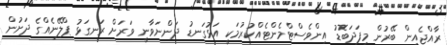
ރާއްޖެއިން ބޭރުން މިފަދަބޮޑު އިންވެސްޓްމެންޓެއްކުރުމަކީ އަޅުގަނޑު ދަންނަވާނީ ވަރަށް ރަނގަޅު ޕްލޭނެއްގެ ދަށުން